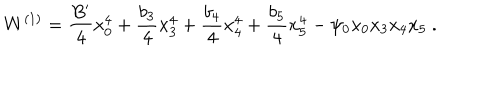
W ^ { ( 1 ) } = \frac { B ^ { \prime } } { 4 } x _ { 0 } ^ { 4 } + \frac { b _ { 3 } } { 4 } x _ { 3 } ^ { 4 } + \frac { b _ { 4 } } { 4 } x _ { 4 } ^ { 4 } + \frac { b _ { 5 } } { 4 } x _ { 5 } ^ { 4 } - \psi _ { 0 } x _ { 0 } x _ { 3 } x _ { 4 } x _ { 5 } \ .